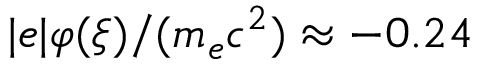
| e | \varphi ( \xi ) / ( m _ { e } c ^ { 2 } ) \approx - 0 . 2 4